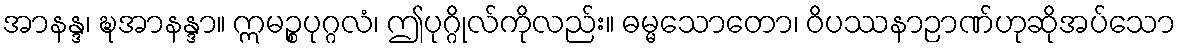
အာနန္ဒ၊ ဍ္ဎအာနန္ဒာ။ ဣမဉ္စပုဂ္ဂလံ၊ ဤပုဂ္ဂိုလ်ကိုလည်း။ ဓမ္မသောတော၊ ဝိပဿနာဉာဏ်ဟုဆိုအပ်သော